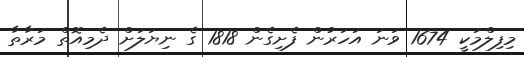
މިފިލްމަކީ 1674 ވަނަ އަހަރުން ފެށިގެން 1818 ގެ ނިޔަލަށް ދެމިއޮތް މަރާތާ